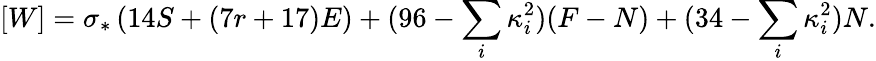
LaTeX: [W]=\sigma_{*}\left(14S+(7r+17)E\right)+(96-\sum_{i}\kappa_{i}^{2})(F-N)+(34-\sum_{i}\kappa_{i}^{2})N.